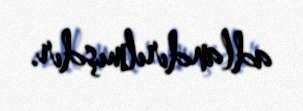
adlandırılmışdır.